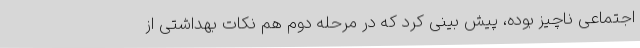
اجتماعی ناچیز بوده، پیش بینی کرد که در مرحله دوم هم نکات بهداشتی از